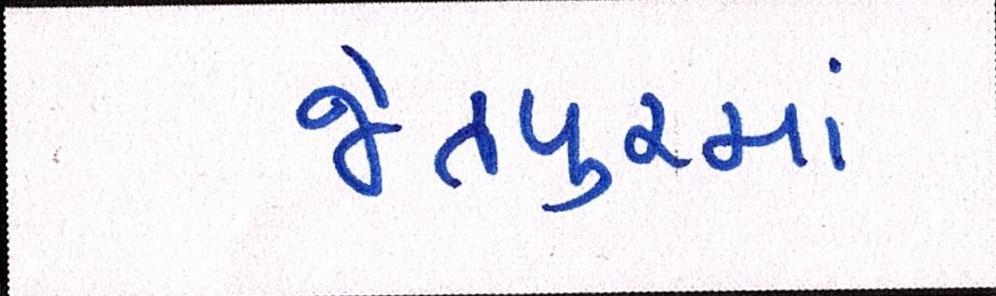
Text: જેતપુરમાં